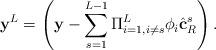
LaTeX: \begin{align*} \mathbf{y}^L = \left(\mathbf{y} - \sum_{s=1}^{L-1} \Pi_{i=1, i\neq s}^L \phi_{i} \hat{\mathbf{c}}_R^{s}\right).\end{align*}